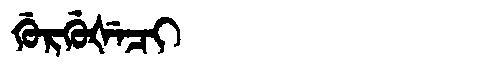
Manchu: ᡤᡠᡵᡤᡠᡧᡝᠴᡳ
Romanization: GURGUŠECI